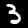
Digit: 3